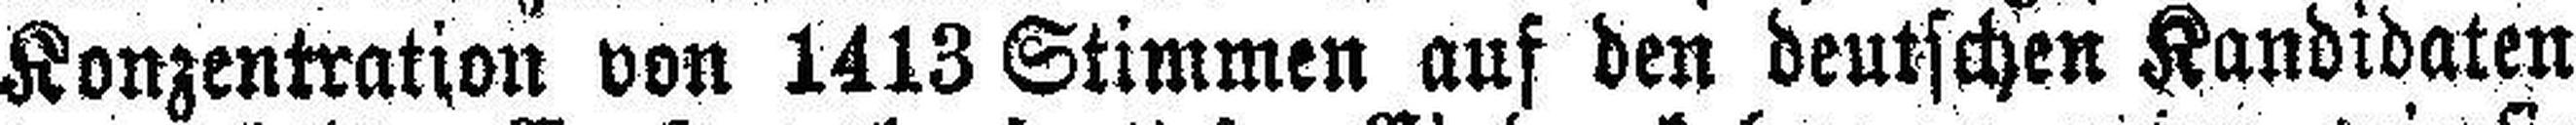
Konzentration von 1413 Stimmen auf den deutschen Kandidaten